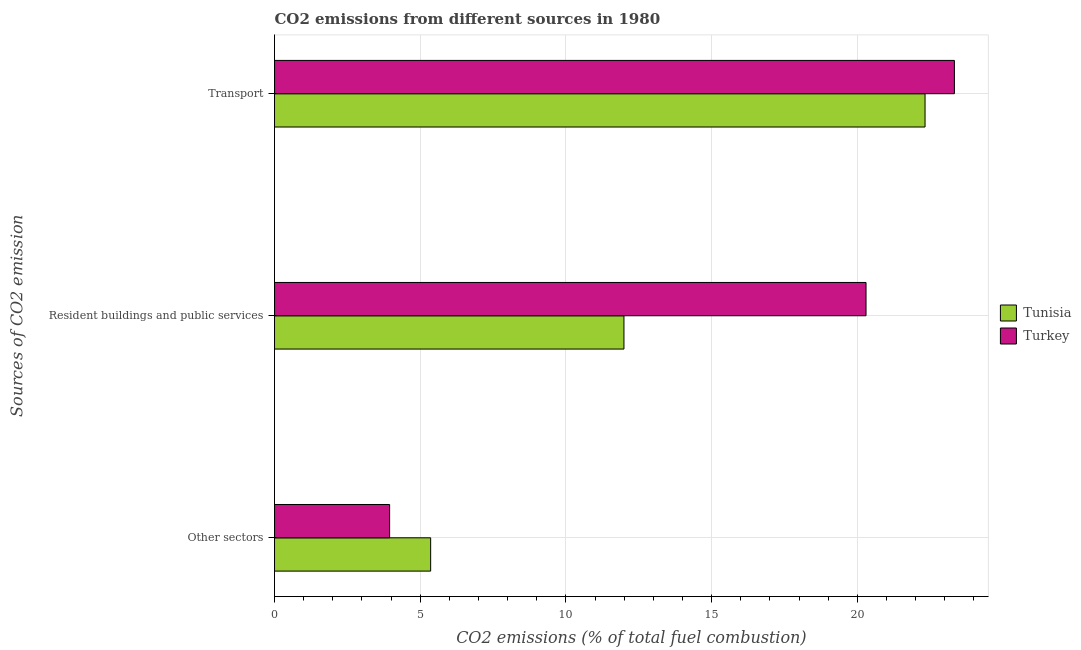
| Sources of CO2 emission | Tunisia | Turkey |
 | --- | --- | --- |
 | Other sectors | 5.36 | 3.95 |
 | Resident buildings and public services | 12 | 20.3 |
 | Transport | 22.3 | 23.3 |